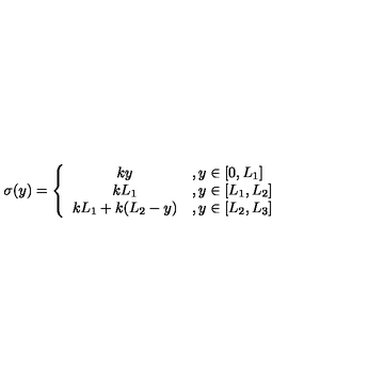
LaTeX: \sigma ( y ) = \left\{ \begin{array} { c l } { { k y } } & { , y \in \lbrack 0 , L _ { 1 } ] } \\ { { k L _ { 1 } } } & { , y \in \lbrack L _ { 1 } , L _ { 2 } ] } \\ { { k L _ { 1 } + k ( L _ { 2 } - y ) } } & { , y \in \lbrack L _ { 2 } , L _ { 3 } ] } \\ \end{array} \right. \